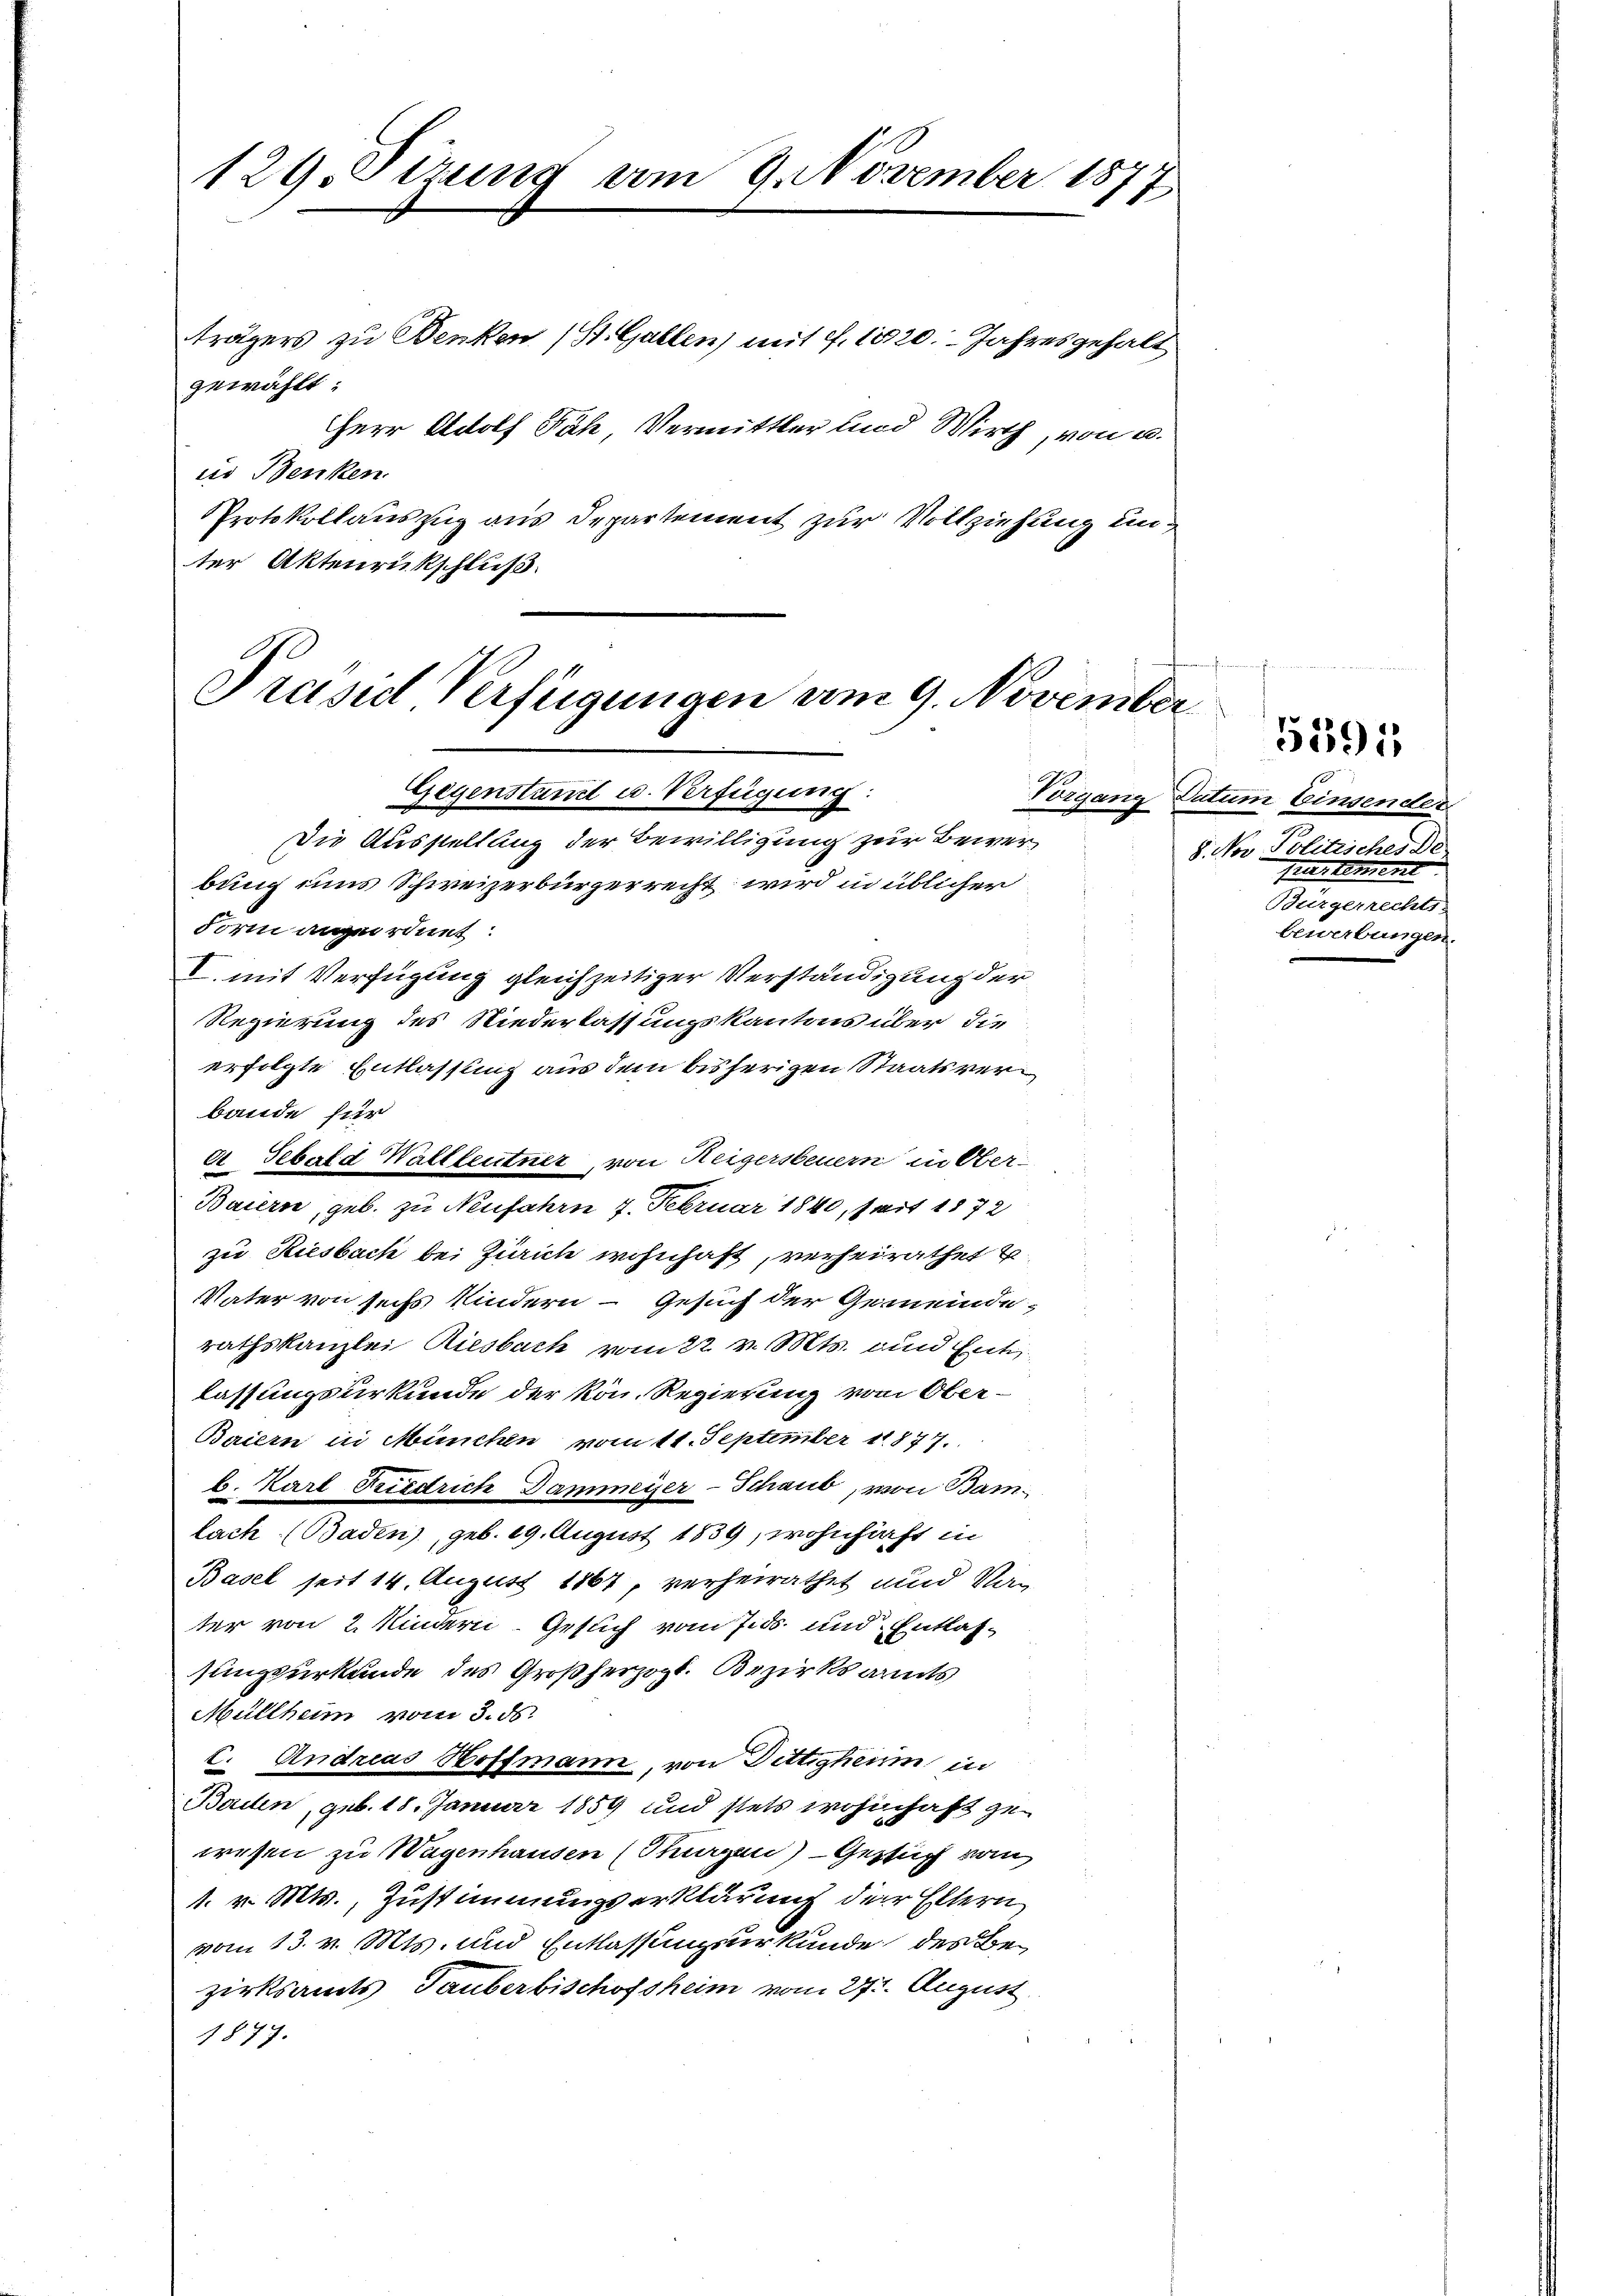
ter Aktenrückschluß

129. Sitzung vom 9. November 1877
trägers zu Benken (St. Gallen) mit 7. 1820. Jahresgehalt
gewählt:
Herr Adolf Fäh, Vermittler und Wirth, von u.
iis Benken.
Protokollauszug aus Departement zur Vollziehung un¬

Präsid Verfügungen vom 9. November
Gegenstand u. Verfügung:
Die Ausstellung der Bewilligung zur Bewerbung und Schweizerbürgerrecht wird in üblicher

Form anzuordnet:
V. mit Verfügung gleichzeitiger Verständigung der
Regierung des Niederlassungskantons über die
erfolgte Entlassung aus dem bisherigen Staatsverbande für
et Sebald Walllentner, von Reigersteuern in Ober-
Baiern, geb. zu Neufahre 7. Februar 1840, seit 1872
zu Riesbach bei Zürich wohnhaft, verheirathet u
Vater von sechs Kindern – Gesuch der Gemeinde-
rathskanzlei Riesbach vom 22. v. Mts. und Ent
lassungsurkunde der kön. Regierung von Ober¬
Baiern in München vom 11. September 1877.
b. Karl Friedrich Dammeyer-Schaub, von Bam-
lach. (Baden), geb. 19. August 1839, wohnhaft in
Basel seit 14. August 1867, verheirathet und Na-
ter von 2 Kindern. Gesuch vom 7. ds. und Entlassungsurkunde des Großherzogl. Bezirksamts
Müllheim vom 3. ds.
I. Andreas Hoffmann, von Dettigheim in
Baden, geb. 18. Januar 1859 und stets wohnhaft zuwesen zu Wagenhausen (Sargen) Gesuch vom
1. v. Mts., Zustimmungserklärung der Eltern
vom 13. v. Mts. und Entlassungsurkunde des Bezirksamts Tauberbischofsheim vom 27. August.
1877.

5591

Vorgang Datum Einsender
8. Nov. Politisches de
frestement
Burgerrechts
bewerbungen.